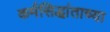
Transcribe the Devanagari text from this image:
कर्मसिद्धांताच्या